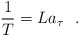
\begin{align*} {1 \over T} = L a_{\tau}~~.\end{align*}